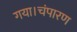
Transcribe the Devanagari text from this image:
गया।चंपारण